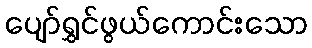
ပျော်ရွှင်ဖွယ်ကောင်းသော